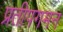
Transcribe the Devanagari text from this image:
प्रतीपगमन